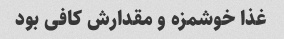
غذا خوشمزه و مقدارش کافی بود